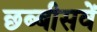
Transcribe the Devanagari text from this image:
छब्बीसवें